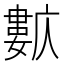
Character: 𡢺